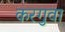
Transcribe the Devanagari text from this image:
करगुवा